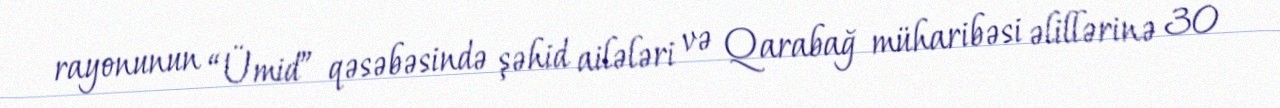
rayonunun “Ümid” qəsəbəsində şəhid ailələri və Qarabağ müharibəsi əlillərinə 30